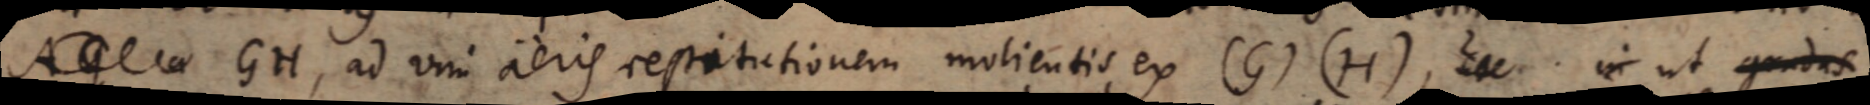
GH, ad vim aeris restitutionem molientis ex (G)(H), in ut gradus